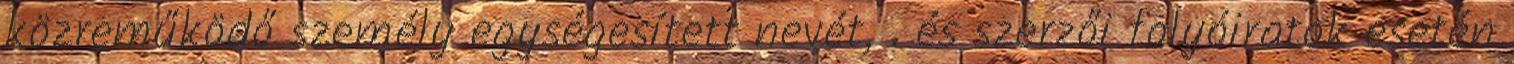
közreműködő személy egységesített nevét, . és szerzői folyóiratok esetén